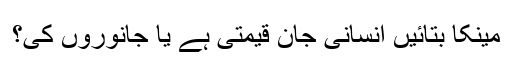
مینکا بتائیں انسانی جان قیمتی ہے یا جانوروں کی؟